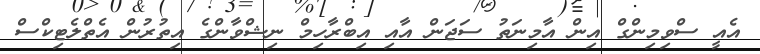
އެއީ ސްވިމިންގް އިން އާމިނަތު ސަޖަން އާއި އިބްރާހިމް ނިޝްވާންގެ އިތުރުން އެތްލެޓިކްސް